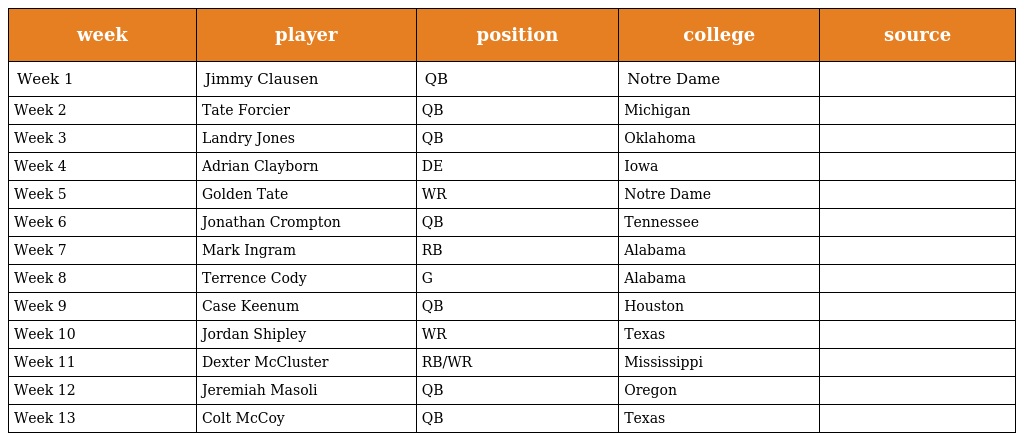
| week | player | position | college | source |
 | --- | --- | --- | --- | --- |
 | Week 1 | Jimmy Clausen | QB | Notre Dame |  |
 | Week 2 | Tate Forcier | QB | Michigan |  |
 | Week 3 | Landry Jones | QB | Oklahoma |  |
 | Week 4 | Adrian Clayborn | DE | Iowa |  |
 | Week 5 | Golden Tate | WR | Notre Dame |  |
 | Week 6 | Jonathan Crompton | QB | Tennessee |  |
 | Week 7 | Mark Ingram | RB | Alabama |  |
 | Week 8 | Terrence Cody | G | Alabama |  |
 | Week 9 | Case Keenum | QB | Houston |  |
 | Week 10 | Jordan Shipley | WR | Texas |  |
 | Week 11 | Dexter McCluster | RB/WR | Mississippi |  |
 | Week 12 | Jeremiah Masoli | QB | Oregon |  |
 | Week 13 | Colt McCoy | QB | Texas |  |